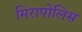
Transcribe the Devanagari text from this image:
मिरापोलिस